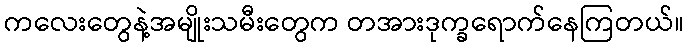
ကလေးတွေနဲ့အမျိုးသမီးတွေက တအားဒုက္ခရောက်နေကြတယ်။